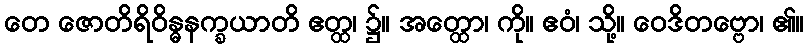
တေ ဇောတိရိဝိန္ဓနက္ခယာတိ ဧတ္ထ၊ ၌။ အတ္ထော၊ ကို။ ဧဝံ၊ သို့။ ဝေဒိတဗ္ဗော၊ ၏။